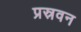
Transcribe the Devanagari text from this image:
प्रस्रवन